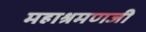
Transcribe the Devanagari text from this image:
महाश्रमणजी